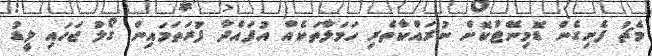
މެޗު ފެށިގެން ޑޮމިނޭޓުކޮށް ނުރައްކާތެރި ހަމަލާތަކެއް އުފައްދާ ފުރަތަމައިން ގޯލު ޖަހައި ލީޑު